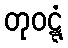
တုဝဋ္ဋံ